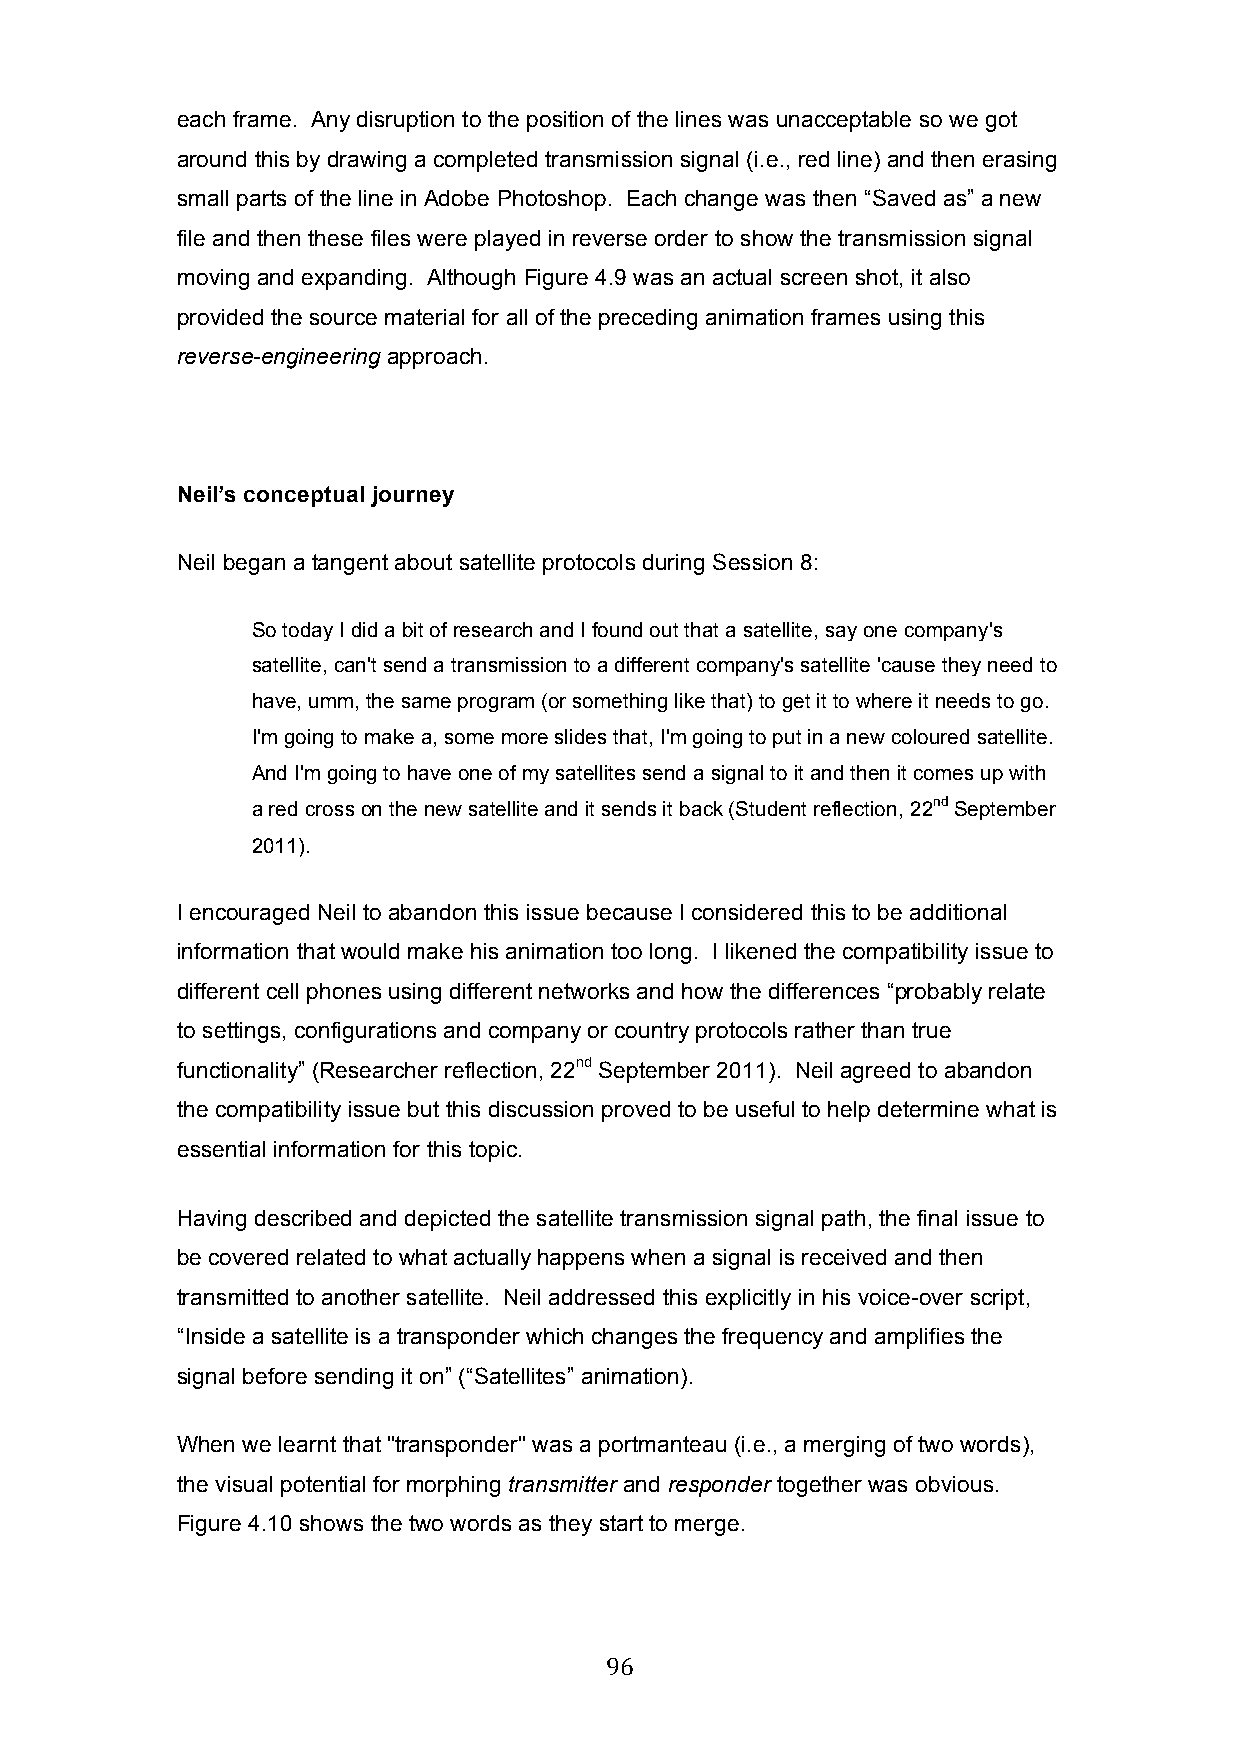
each frame. Any disruption to the position of the lines was unacceptable so we got
 around this by drawing a completed transmission signal (i.e., red line) and then erasing
 small parts of the line in Adobe Photoshop. Each change was then “Saved as” a new
 file and then these files were played in reverse order to show the transmission signal
 moving and expanding. Although Figure 4.9 was an actual screen shot, it also
 provided the source material for all of the preceding animation frames using this
 reverse-engineering approach.
 Neil’s conceptual journey
 Neil began a tangent about satellite protocols during Session 8:
 So today I did a bit of research and I found out that a satellite, say one company's
 satellite, can't send a transmission to a different company's satellite 'cause they need to
 have, umm, the same program (or something like that) to get it to where it needs to go.
 I'm going to make a, some more slides that, I'm going to put in a new coloured satellite.
 And I'm going to have one of my satellites send a signal to it and then it comes up with
 a red cross on the new satellite and it sends it back (Student reflection, 22nd September
 2011).
 I encouraged Neil to abandon this issue because I considered this to be additional
 information that would make his animation too long. I likened the compatibility issue to
 different cell phones using different networks and how the differences “probably relate
 to settings, configurations and company or country protocols rather than true
 functionality” (Researcher reflection, 22nd September 2011). Neil agreed to abandon
 the compatibility issue but this discussion proved to be useful to help determine what is
 essential information for this topic.
 Having described and depicted the satellite transmission signal path, the final issue to
 be covered related to what actually happens when a signal is received and then
 transmitted to another satellite. Neil addressed this explicitly in his voice-over script,
 “Inside a satellite is a transponder which changes the frequency and amplifies the
 signal before sending it on” (“Satellites” animation).
 When we learnt that "transponder" was a portmanteau (i.e., a merging of two words),
 the visual potential for morphing transmitter and responder together was obvious.
 Figure 4.10 shows the two words as they start to merge.
 96